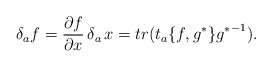
\begin{align*}\delta_{a}f=\frac{\partial f}{\partial x}\,\delta_{a}\,x=tr(t_{a}\{f,g^{*}\}{g^{*}}^{-1}).\end{align*}